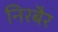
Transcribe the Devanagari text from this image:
निरबैर